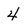
Character: 4